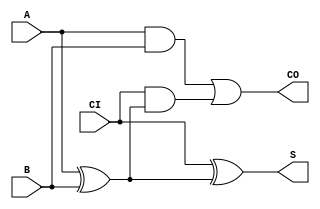

module full_adder_1bit(A, B, CI, S, CO);

input A, B, CI;
output S, CO;
wire n1, n2, n4;

//S = A or B or CI;
//CO = (A and B) or (B and CI) or (A and CI);

xor xor1(n1, A, B);
xor xor2(S, CI, n1);
and a1(n3, A, B);
and a2(n2, CI, n1);
or or1(CO, n3, n2);

endmodule